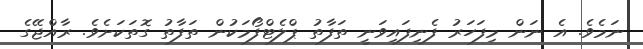
ނަމެވެ. އެ ނަން މިފަހަރު ފެނިފައިވަނީ ތަފާތު ޕްލެޓްފޯމަކުން ތަފާތު ގޮތަކަށެވެ. ރާއްޖޭގެ